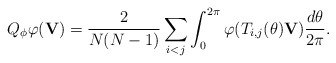
\begin{align*}Q_{\phi}\varphi(\textbf{V})=\frac{2}{N(N-1)}\sum_{i<j} \int_0^{2\pi}\varphi(T_{i,j}(\theta)\textbf{V})\frac{d\theta}{2\pi}.\end{align*}